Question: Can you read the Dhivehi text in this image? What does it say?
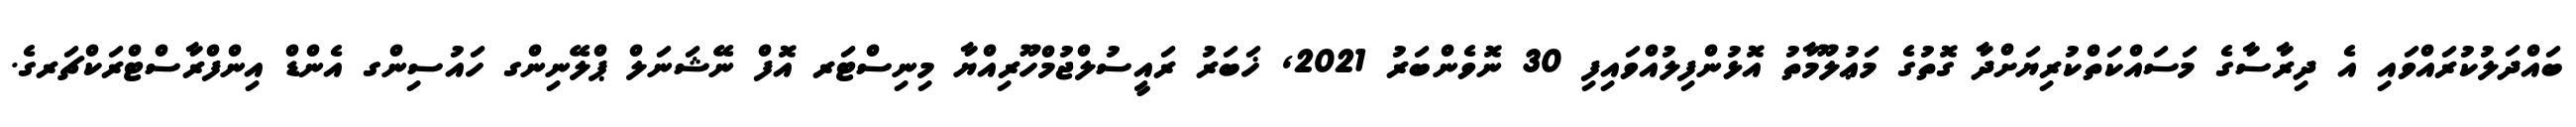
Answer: ބައްދަލުކުރައްވައި އެ ދިރާސާގެ މަސައްކަތްކުރިޔަށްދާ ގޮތުގެ މަޢުލޫމާތު އޮޅުންފިލުއްވައިފި 30 ނޮވެންބަރު 2021, ޚަބަރު ރައީސުލްޖުމްހޫރިއްޔާ މިނިސްޓަރ އޮފް ނޭޝަނަލް ޕްލޭނިންގ ހައުސިންގ އެންޑް އިންފްރާސްޓްރަކްޗަރގެ.